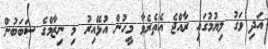
އަދި ވަގު ލިޔުމުގައި ރާއްޖެ އެތެރެވާ މީހުން އުޅޭއިރު މި ނިޒާމްގެ ސަބަބުން